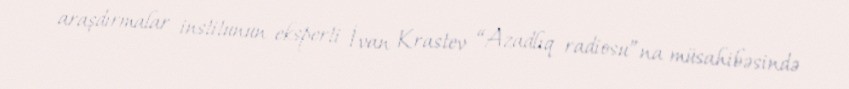
araşdırmalar institunun eksperti İvan Krastev “Azadlıq radiosu”na müsahibəsində